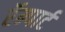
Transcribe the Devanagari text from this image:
रॅम्पार्ट